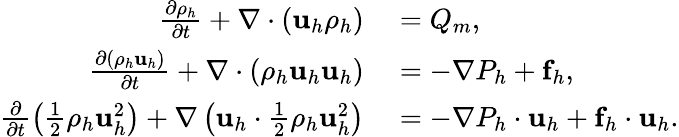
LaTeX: \begin{array}{rl}{\frac{\partial\rho_{h}}{\partial t}+\nabla\cdot(\mathbf u_{h}\rho_{h})}&{{}=Q_{m},}\\ {\frac{\partial(\rho_{h}\mathbf u_{h})}{\partial t}+\nabla\cdot(\rho_{h}\mathbf u_{h}\mathbf u_{h})}&{{}=-\nabla P_{h}+\mathbf f_{h},}\\ {\frac{\partial}{\partial t}\left(\frac{1}{2}\rho_{h}\mathbf u_{h}^{2}\right)+\nabla\left(\mathbf u_{h}\cdot\frac{1}{2}\rho_{h}\mathbf u_{h}^{2}\right)}&{{}=-\nabla P_{h}\cdot\mathbf u_{h}+\mathbf f_{h}\cdot\mathbf u_{h}.}\end{array}